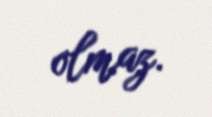
olmaz.